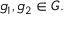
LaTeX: g _ { 1 } , g _ { 2 } \in G .